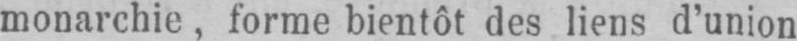
monarchie, forme bientôt des liens d’union